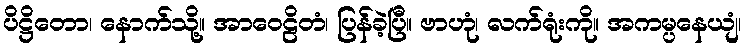
ပိဋ္ဌိတော၊ နောက်သို့။ အာဝေဠိတံ၊ ပြန်ခဲ့ပြီ။ ဗာဟုံ၊ လက်ရုံးကို။ အကမ္ပနေယျံ၊